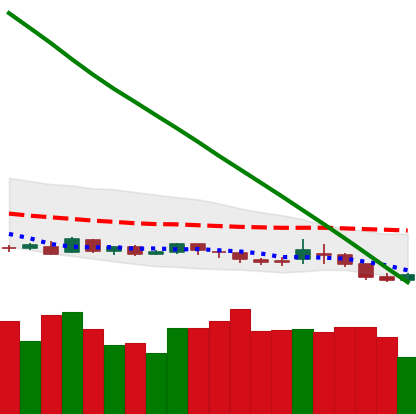
Ticker: DOGE-USD
Chart end date: 2019-01-30
Forward return: -3.315%
Label: down_3_5